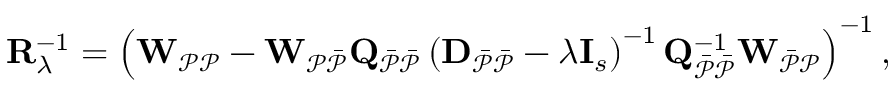
\mathbf { R } _ { \lambda } ^ { - 1 } = \left( \mathbf { W } _ { \mathcal { P P } } - \mathbf { W } _ { \mathcal { P \Bar { P } } } \mathbf { Q } _ { \mathcal { \Bar { P } \Bar { P } } } \left( \mathbf { D } _ { \mathcal { \Bar { P } \Bar { P } } } - \lambda \mathbf { I } _ { s } \right) ^ { - 1 } \mathbf { Q } _ { \mathcal { \Bar { P } \Bar { P } } } ^ { - 1 } \mathbf { W } _ { \mathcal { \Bar { P } P } } \right) ^ { - 1 } ,